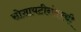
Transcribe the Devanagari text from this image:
सोसायटीनंतरची